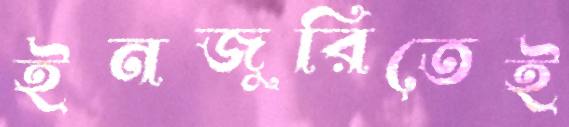
ইনজুরিতেই